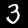
Digit: 3